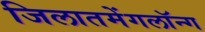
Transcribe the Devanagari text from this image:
जिलातमेंगलॉन्ग